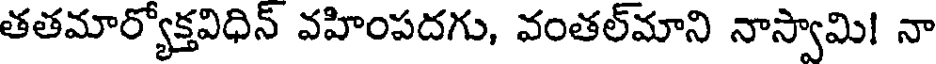
తతమార్యోక్తవిధిన్ వహింపదగు, వంతల్మాని నాస్వామి! నా